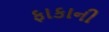
ફાકાની